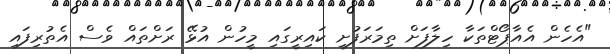
"އެހެން އެއާޕޯޓްތަކާ ހިލާފަށް ތިމަރަފުށީ ކައިރީގައި މީހުން އުޅޭ ރަށްތައް ވެސް އެތުރިފައި